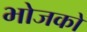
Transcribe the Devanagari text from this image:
भोजको